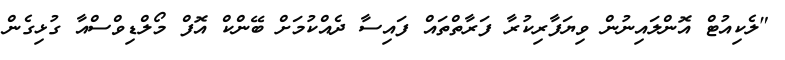
"ލެކިއުޓް އޮންލައިނުން ވިޔަފާރިކުރާ ފަރާތްތައް ފައިސާ ދެއްކުމަށް ބޭންކް އޮފް މޯލްޑިވްސްއާ ގުޅިގެން